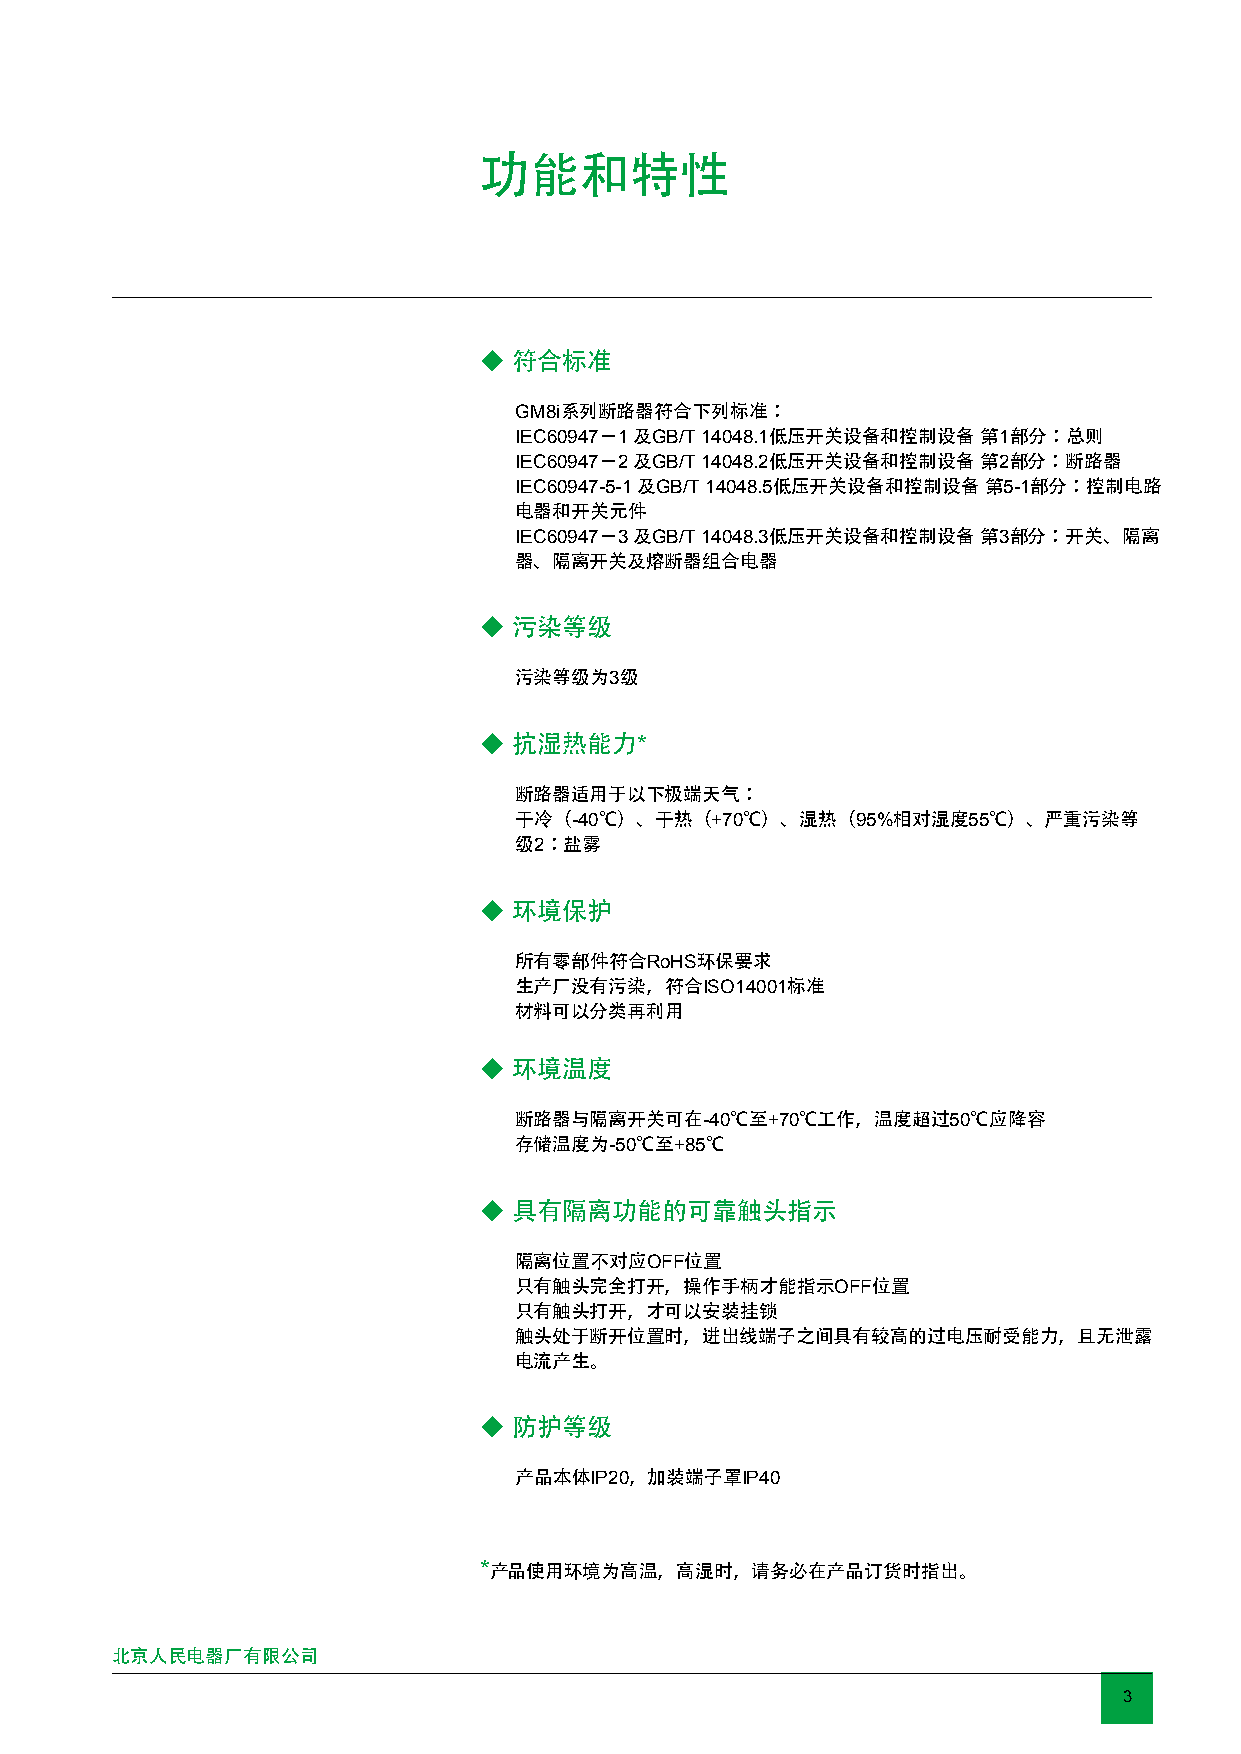
功能和特性
 ◆ 符合标准
 GM8i系列断路器符合下列标准：
 IEC60947－1 及GB/T 14048.1低压开关设备和控制设备 第1部分：总则
 IEC60947－2 及GB/T 14048.2低压开关设备和控制设备 第2部分：断路器
 IEC60947-5-1 及GB/T 14048.5低压开关设备和控制设备 第5-1部分：控制电路
 电器和开关元件
 IEC60947－3 及GB/T 14048.3低压开关设备和控制设备 第3部分：开关、隔离
 器、隔离开关及熔断器组合电器
 ◆ 污染等级
 污染等级为3级
 ◆ 抗湿热能力*
 断路器适用于以下极端天气：
 干冷（-40℃）、干热（+70℃）、湿热（95%相对湿度55℃）、严重污染等
 级2：盐雾
 ◆ 环境保护
 所有零部件符合RoHS环保要求
 生产厂没有污染，符合ISO14001标准
 材料可以分类再利用
 ◆ 环境温度
 断路器与隔离开关可在-40℃至+70℃工作，温度超过50℃应降容
 存储温度为-50℃至+85℃
 ◆ 具有隔离功能的可靠触头指示
 隔离位置不对应OFF位置
 只有触头完全打开，操作手柄才能指示OFF位置
 只有触头打开，才可以安装挂锁
 触头处于断开位置时，进出线端子之间具有较高的过电压耐受能力，且无泄露
 电流产生。
 ◆ 防护等级
 产品本体IP20，加装端子罩IP40
 *产品使用环境为高温，高湿时，请务必在产品订货时指出。
 北京人民电器厂有限公司
 3